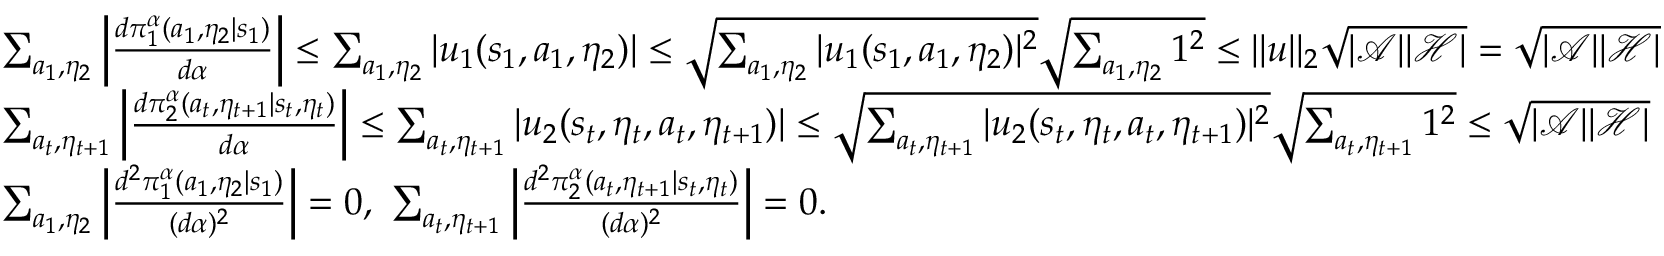
\begin{array} { r l } & { \sum _ { a _ { 1 } , \eta _ { 2 } } \left| \frac { d \pi _ { 1 } ^ { \alpha } ( a _ { 1 } , \eta _ { 2 } | s _ { 1 } ) } { d \alpha } \right| \le \sum _ { a _ { 1 } , \eta _ { 2 } } | u _ { 1 } ( s _ { 1 } , a _ { 1 } , \eta _ { 2 } ) | \le \sqrt { \sum _ { a _ { 1 } , \eta _ { 2 } } | u _ { 1 } ( s _ { 1 } , a _ { 1 } , \eta _ { 2 } ) | ^ { 2 } } \sqrt { \sum _ { a _ { 1 } , \eta _ { 2 } } 1 ^ { 2 } } \le | | u | | _ { 2 } \sqrt { | \mathcal { A } | | \mathcal { H } | } = \sqrt { | \mathcal { A } | | \mathcal { H } | } } \\ & { \sum _ { a _ { t } , \eta _ { t + 1 } } \left| \frac { d \pi _ { 2 } ^ { \alpha } ( a _ { t } , \eta _ { t + 1 } | s _ { t } , \eta _ { t } ) } { d \alpha } \right| \le \sum _ { a _ { t } , \eta _ { t + 1 } } | u _ { 2 } ( s _ { t } , \eta _ { t } , a _ { t } , \eta _ { t + 1 } ) | \le \sqrt { \sum _ { a _ { t } , \eta _ { t + 1 } } | u _ { 2 } ( s _ { t } , \eta _ { t } , a _ { t } , \eta _ { t + 1 } ) | ^ { 2 } } \sqrt { \sum _ { a _ { t } , \eta _ { t + 1 } } 1 ^ { 2 } } \le \sqrt { | \mathcal { A } | | \mathcal { H } | } } \\ & { \sum _ { a _ { 1 } , \eta _ { 2 } } \left| \frac { d ^ { 2 } \pi _ { 1 } ^ { \alpha } ( a _ { 1 } , \eta _ { 2 } | s _ { 1 } ) } { ( d \alpha ) ^ { 2 } } \right| = 0 , \ \sum _ { a _ { t } , \eta _ { t + 1 } } \left| \frac { d ^ { 2 } \pi _ { 2 } ^ { \alpha } ( a _ { t } , \eta _ { t + 1 } | s _ { t } , \eta _ { t } ) } { ( d \alpha ) ^ { 2 } } \right| = 0 . } \end{array}